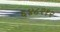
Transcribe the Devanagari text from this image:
६४८२१२